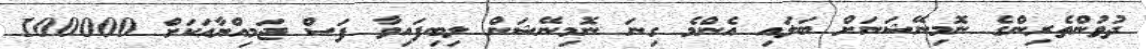
ދުވުންތެރިންގެ ނޮމިނޭޝަނަށް ބަލައި އެންމެ ގިނަ ނޮމިނޭޝަން ލިބިފައިވާ ފަސް ޖަމިއްޔާއަކަށް 100000